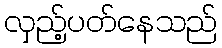
လှည့်ပတ်နေသည်